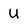
Character: u